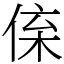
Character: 𠉪